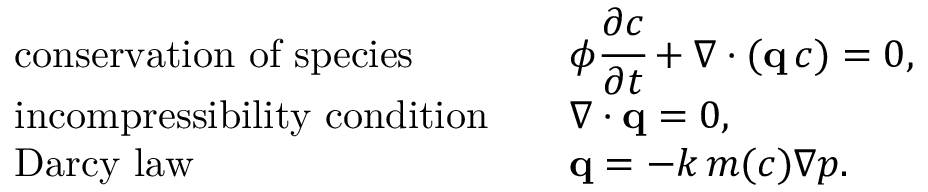
\begin{array} { r l r l } & { \mathrm { c o n s e r v a t i o n ~ o f ~ s p e c i e s } } & & { \phi \cfrac { \partial c } { \partial t } + \nabla \cdot ( { \bf q } \, c ) = 0 , } \\ & { \mathrm { i n c o m p r e s s i b i l i t y ~ c o n d i t i o n } } & & { \nabla \cdot { \bf q } = 0 , } \\ & { \mathrm { D a r c y ~ l a w } } & & { { \bf q } = - k \, m ( c ) \nabla p . } \end{array}